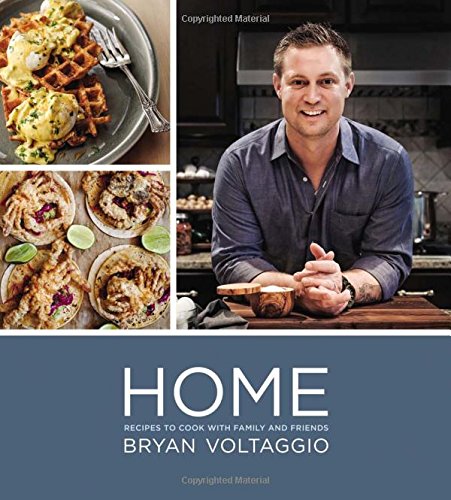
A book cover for Home: Recipes to Cook with Family and Friends; Bryan Voltaggio; Cookbooks, Food & Wine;